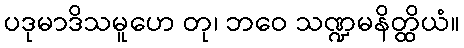
ပဒုမာဒိသမူဟေ တု၊ ဘဝေ သဏ္ဍမနိတ္ထိယံ။